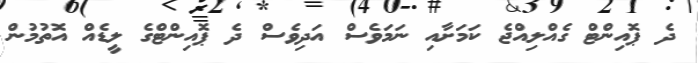
ދެ ޕޮއިންޓް ގެއްލިއްޖެ ކަމަށާއި ނަމަވެސް އަދިވެސް ދެ ޕޮއިންޓްގެ ލީޑެއް އޮތުމުން